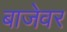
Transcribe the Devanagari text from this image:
बाजेवर